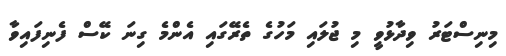
މިނިސްޓަރު ވިދާޅުވީ މި ޖުލައި މަހުގެ ތެރޭގައި އެންމެ ގިނަ ކޭސް ފެނިފައިވާ